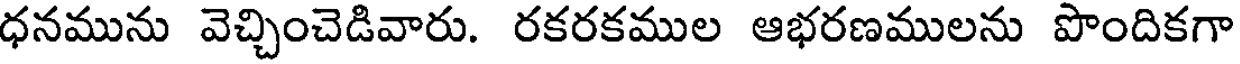
ధనమును వెచ్చించెడివారు. రకరకముల ఆభరణములను పొందికగా